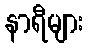
နာရီများ